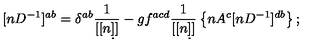
[ n D ^ { - 1 } ] ^ { a b } = \delta ^ { a b } \frac { 1 } { [ [ n \d ] ] } - g f ^ { a c d } \frac { 1 } { [ [ n \d ] ] } \left\{ n A ^ { c } [ n D ^ { - 1 } ] ^ { d b } \right\} ;